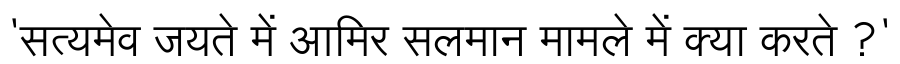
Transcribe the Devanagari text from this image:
'सत्यमेव जयते में आमिर सलमान मामले में क्या करते ?'